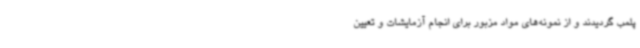
پلمب گردیدند و از نمونه‌های مواد مزبور برای انجام آزمایشات و تعیین